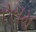
રસમ